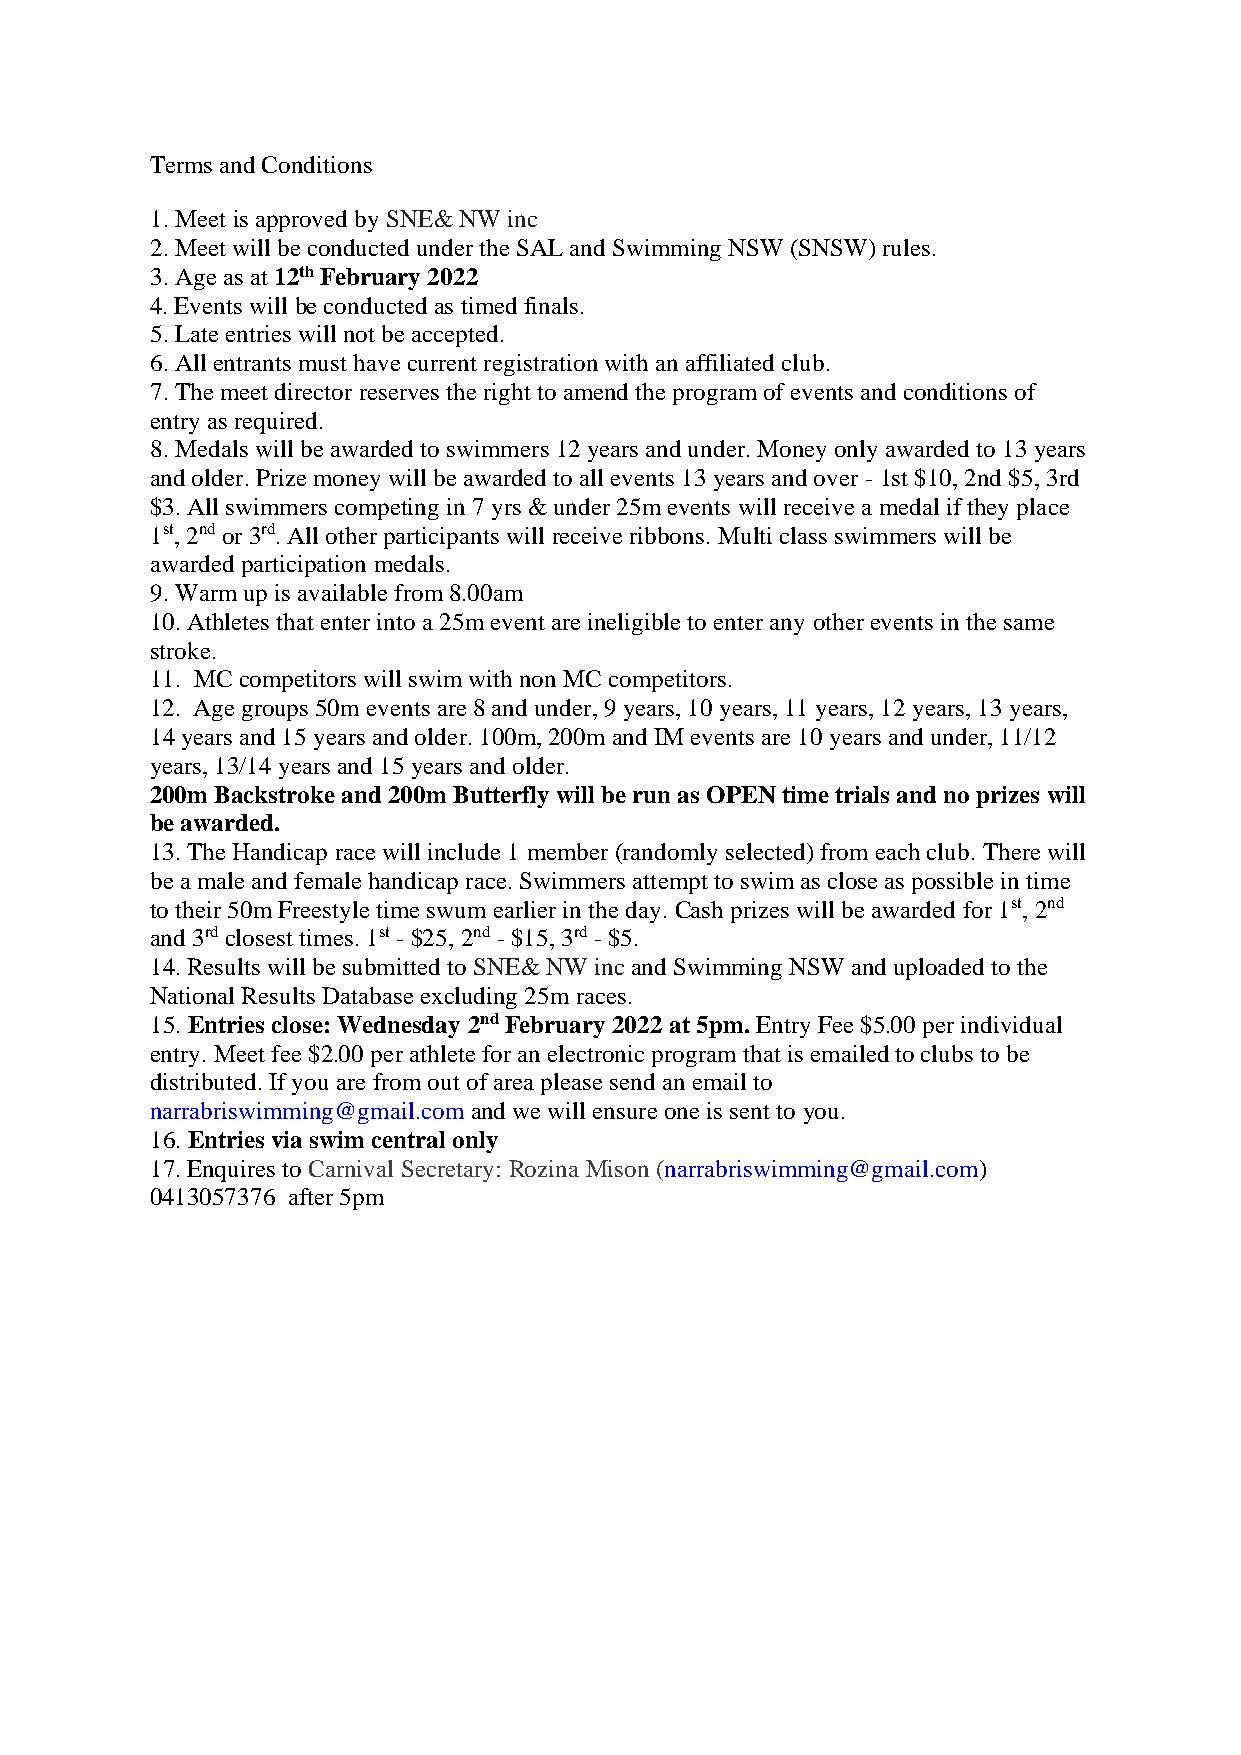
Terms and Conditions
 1. Meet is approved by SNE& NW inc
 2. Meet will be conducted under the SAL and Swimming NSW (SNSW) rules.
 3. Age as at 12th February 2022
 4. Events will be conducted as timed finals.
 5. Late entries will not be accepted.
 6. All entrants must have current registration with an affiliated club.
 7. The meet director reserves the right to amend the program of events and conditions of
 entry as required.
 8. Medals will be awarded to swimmers 12 years and under. Money only awarded to 13 years
 and older. Prize money will be awarded to all events 13 years and over - 1st $10, 2nd $5, 3rd
 $3. All swimmers competing in 7 yrs & under 25m events will receive a medal if they place
 1st, 2nd or 3rd. All other participants will receive ribbons. Multi class swimmers will be
 awarded participation medals.
 9. Warm up is available from 8.00am
 10. Athletes that enter into a 25m event are ineligible to enter any other events in the same
 stroke.
 11. MC competitors will swim with non MC competitors.
 12. Age groups 50m events are 8 and under, 9 years, 10 years, 11 years, 12 years, 13 years,
 14 years and 15 years and older. 100m, 200m and IM events are 10 years and under, 11/12
 years, 13/14 years and 15 years and older.
 200m Backstroke and 200m Butterfly will be run as OPEN time trials and no prizes will
 be awarded.
 13. The Handicap race will include 1 member (randomly selected) from each club. There will
 be a male and female handicap race. Swimmers attempt to swim as close as possible in time
 to their 50m Freestyle time swum earlier in the day. Cash prizes will be awarded for 1st, 2nd
 and 3rd closest times. 1st - $25, 2nd - $15, 3rd - $5.
 14. Results will be submitted to SNE& NW inc and Swimming NSW and uploaded to the
 National Results Database excluding 25m races.
 15. Entries close: Wednesday 2nd February 2022 at 5pm. Entry Fee $5.00 per individual
 entry. Meet fee $2.00 per athlete for an electronic program that is emailed to clubs to be
 distributed. If you are from out of area please send an email to
 narrabriswimming@gmail.com and we will ensure one is sent to you.
 16. Entries via swim central only
 17. Enquires to Carnival Secretary: Rozina Mison (narrabriswimming@gmail.com)
 0413057376 after 5pm